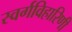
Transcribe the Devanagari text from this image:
स्वर्गविहारिणी